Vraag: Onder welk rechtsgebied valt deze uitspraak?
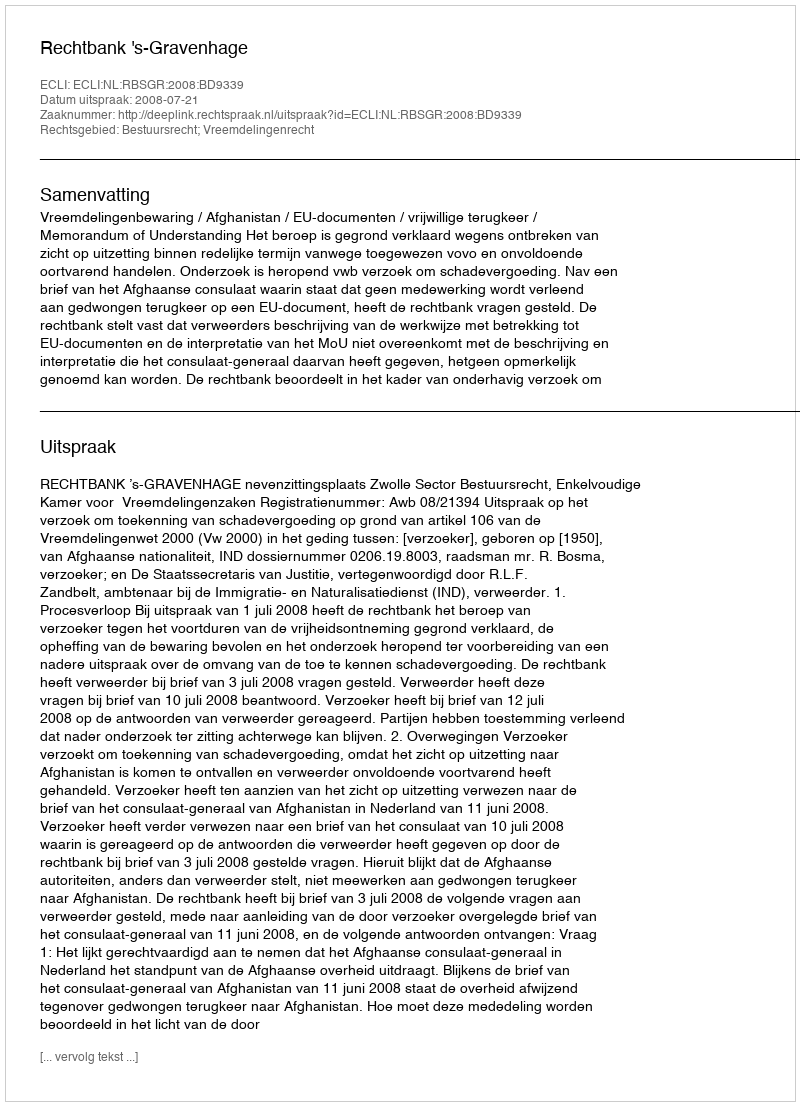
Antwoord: Bestuursrecht; Vreemdelingenrecht